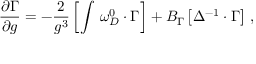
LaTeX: \frac { \partial \Gamma } { \partial g } = - \frac 2 { g ^ { 3 } } \left[ \int \, \omega _ { D } ^ { 0 } \cdot \Gamma \right] + B _ { \Gamma } \left[ \Delta ^ { - 1 } \cdot \Gamma \right] \, ,